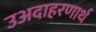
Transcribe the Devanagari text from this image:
उअदाहरणार्थ